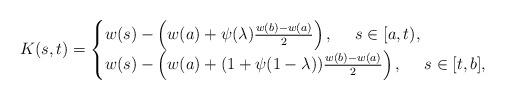
LaTeX: \begin{align*}K(s, t)=\begin{cases}w(s)-\left(w(a)+\psi(\lambda)\frac{w(b)-w(a)}{2}\right), ~~~~s\in[a, t),\\w(s)-\left(w(a)+(1+\psi(1-\lambda))\frac{w(b)-w(a)}{2}\right), ~~~~s\in[t, b],\end{cases}\end{align*}